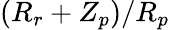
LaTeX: (R_{r}+Z_{p})/R_{p}